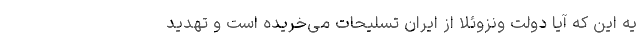
یه این که آیا دولت ونزوئلا از ایران تسلیحات می‌خریده است و تهدید